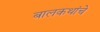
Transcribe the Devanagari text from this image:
बालकथांचे